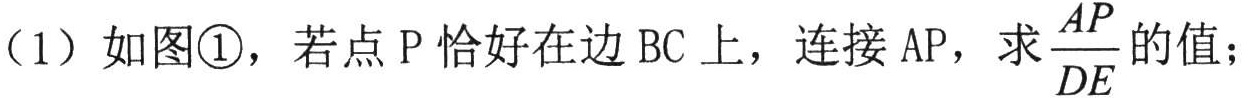
（1）如图\textcircled{1}，若点P恰好在边BC上，连接AP，求\(\frac{AP}{DE}\)的值；